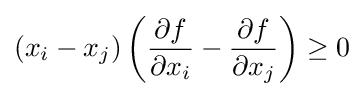
(x_{i}-x_{j})\left({\frac {\partial f}{\partial x_{i}}}-{\frac {\partial f}{\partial x_{j}}}\right)\geq 0